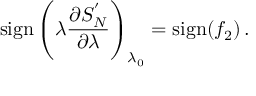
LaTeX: \mathrm { s i g n } \left( \lambda { \frac { \partial S _ { N } ^ { ' } } { \partial \lambda } } \right) _ { \lambda _ { 0 } } = \mathrm { s i g n } ( f _ { 2 } ) \, .